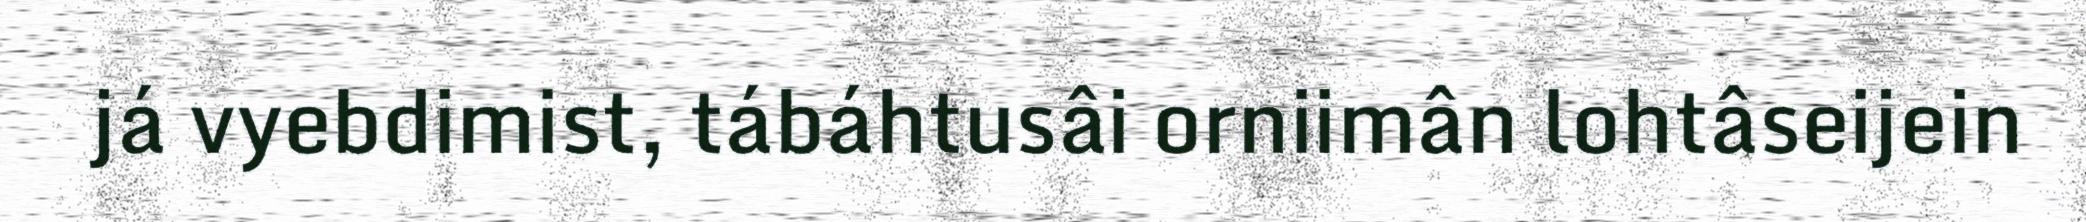
já vyebdimist, tábáhtusâi orniimân lohtâseijein